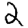
Digit: 2